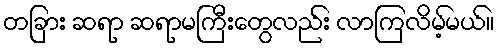
တခြား ဆရာ ဆရာမကြီးတွေလည်း လာကြလိမ့်မယ်။